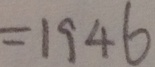
= 1 9 4 6